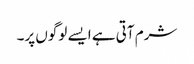
شرم آتی ہے ایسے لوگوں پر۔